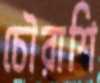
চৌরাশি